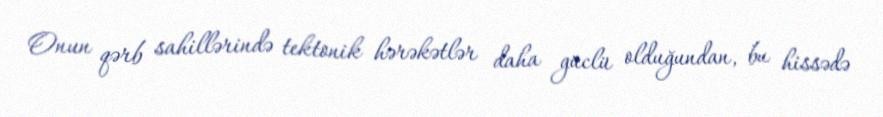
Onun qərb sahillərində tektonik hərəkətlər daha güclü olduğundan, bu hissədə